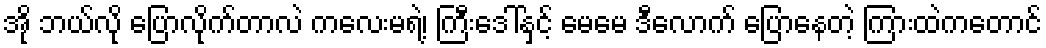
အို ဘယ်လို ပြောလိုက်တာလဲ ကလေးမရဲ့၊ ကြီးဒေါ်နှင့် မေမေ ဒီလောက် ပြောနေတဲ့ ကြားထဲကတောင်